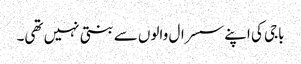
باجی کی اپنے سسرال والوں سے بنتی نہیں تھی۔